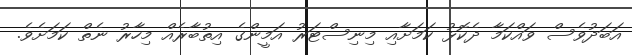
އަބަދުވެސް ވައްކަމާ ދެކޮޅު ކަމަށާއި މިނިސްޓަރު އަމީންގެ އިތުބާރެއް މިހާރު ނެތް ކަމަށެވެ.